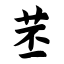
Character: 苤